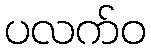
ပလက်ဝ